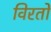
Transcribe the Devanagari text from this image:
विरतो